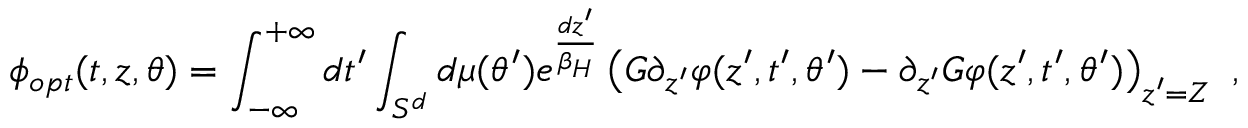
\phi _ { o p t } ( t , z , \theta ) = \int _ { - \infty } ^ { + \infty } d t ^ { \prime } \int _ { S ^ { d } } d \mu ( \theta ^ { \prime } ) e ^ { \frac { d z ^ { \prime } } { \beta _ { H } } } \left( G \partial _ { z ^ { \prime } } \varphi ( z ^ { \prime } , t ^ { \prime } , \theta ^ { \prime } ) - \partial _ { z ^ { \prime } } G \varphi ( z ^ { \prime } , t ^ { \prime } , \theta ^ { \prime } ) \right) _ { z ^ { \prime } = Z } \ ,